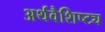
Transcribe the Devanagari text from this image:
अर्थवैशिष्ट्य